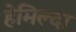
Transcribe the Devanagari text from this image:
हेमिल्दा